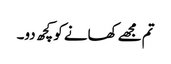
تم مجھے کھانے کو کچھ دو۔